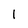
Character: 1